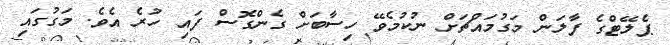
ޕެލޭޓްގެ ފާލަން މަގުމައްޗަށް ނުކުމެވޭ ހިސާބަށް ގެންގޮސް ފައި ހުރެ އެވެ. މަގުގައި